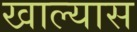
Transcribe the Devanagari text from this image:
खाल्यास